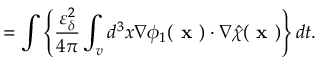
= \int \left\{ \frac { \varepsilon _ { \delta } ^ { 2 } } { 4 \pi } \int _ { v } d ^ { 3 } x \nabla \phi _ { 1 } ( \textbf { x } ) \boldsymbol { \cdot } \nabla \hat { \chi } ( \textbf { x } ) \right\} d t .